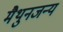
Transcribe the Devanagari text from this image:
मैथुनजन्य